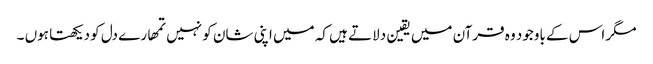
مگر اس کے باوجود وہ قرآن میں یقین دلاتے ہیں کہ میں اپنی شان کو نہیں تمھارے دل کو دیکھتا ہوں ۔